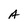
Character: A